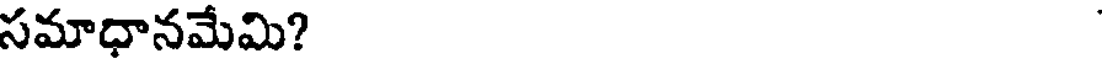
సమాధానమేమి?